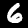
Label: 6